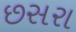
છસરા